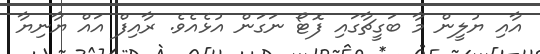
އާއި ޔުލީން މާ ބަގީޗާގައި ފޮޓޯ ނަގަން އުޅެއެވެ. ރާއިފް އައް ޔާނިޔާ